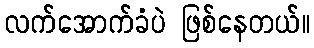
လက်အောက်ခံပဲ ဖြစ်နေတယ်။